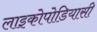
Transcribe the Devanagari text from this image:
लाइकोपोडियासी